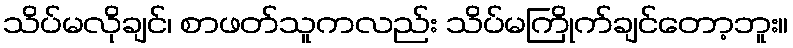
သိပ်မလိုချင်၊ စာဖတ်သူကလည်း သိပ်မကြိုက်ချင်တော့ဘူး။